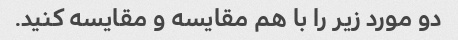
دو مورد زیر را با هم مقایسه و مقایسه کنید.